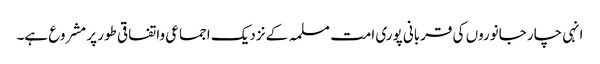
انہی چار جانوروں کی قربانی پوری امت مسلمہ کے نزدیک اجماعی واتفاقی طور پر مشروع ہے۔